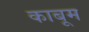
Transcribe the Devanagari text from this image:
काबूम